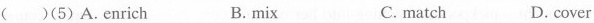
( )(5)A.Enrich B.mix C. match D. cover